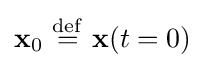
\mathbf {x} _{0}\ {\stackrel {\mathrm {def} }{=}}\ \mathbf {x} (t=0)